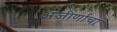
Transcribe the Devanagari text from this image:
अजीर्णाचा